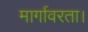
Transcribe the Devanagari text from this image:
मार्गावरता।